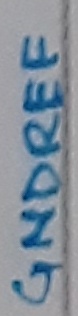
Text: GNDREF